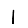
Digit: 1